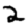
Digit: 2